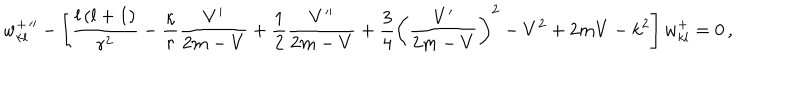
w _ { k l } ^ { + } { ' ^ { \prime } } - \left[ \frac { l \left( l + 1 \right) } { r ^ { 2 } } - \frac { \kappa } { r } \frac { V ^ { \prime } } { 2 m - V } + \frac { 1 } { 2 } \frac { V ^ { \prime \prime } } { 2 m - V } + \frac { 3 } { 4 } \left( \frac { V ^ { \prime } } { 2 m - V } \right) ^ { 2 } - V ^ { 2 } + 2 m V - k ^ { 2 } \right] w _ { k l } ^ { + } = 0 \, ,